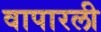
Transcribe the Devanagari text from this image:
वापारली